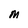
Character: M